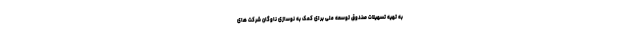
به تهیه تسهیلات صندوق توسعه ملی برای کمک به نوسازی ناوگان شرکت های